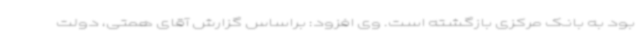
بود به بانک مرکزی بازگشته است. وی افزود: براساس گزارش آقای همتی، دولت